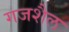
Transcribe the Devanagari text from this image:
गजशैल